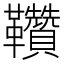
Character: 𩎈